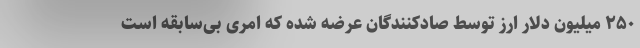
۲۵۰ میلیون دلار ارز توسط صادکنندگان عرضه شده که امری بی‌سابقه است